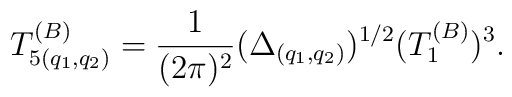
T_{5(q_{1}, q_{2})}^{(B)} = {1\over (2\pi)^2} (\Delta_{(q_1, q_2)})^{1/2}(T_1^{(B)})^3.